Leningradi_Edasi_toimetus, lk 86
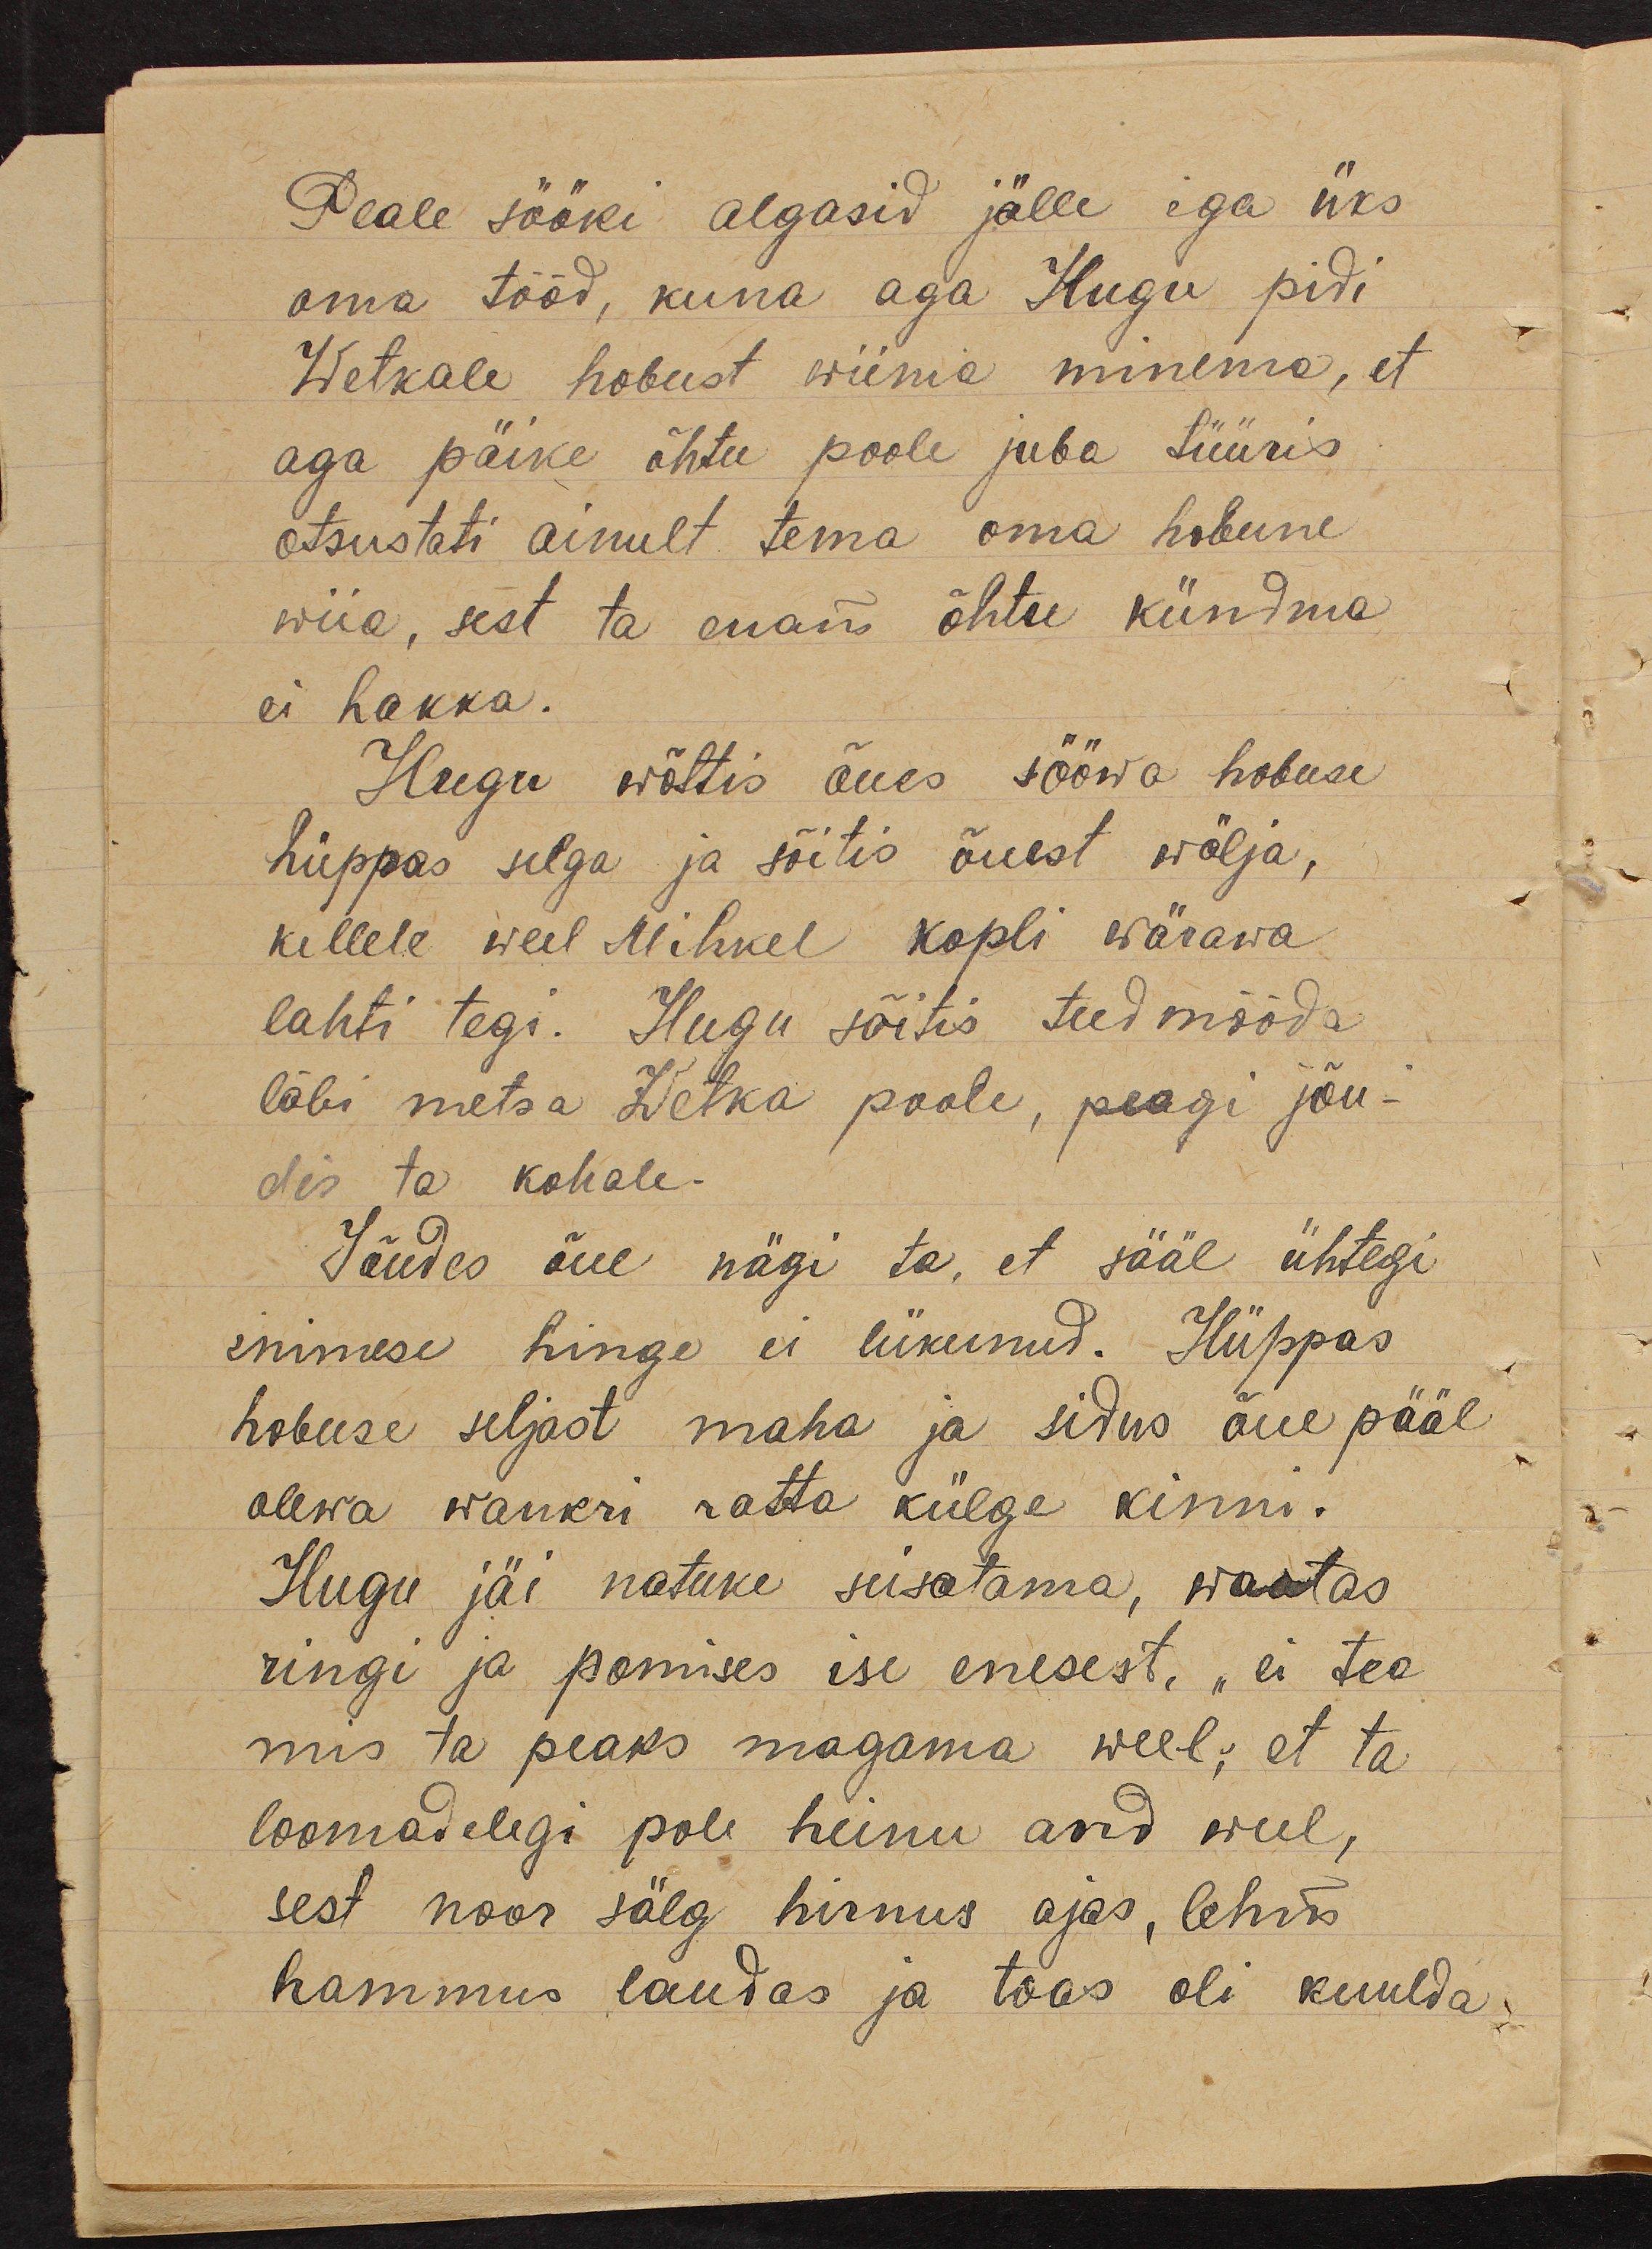
Peale sööki algasid jälle iga üks
oma tööd, kuna aga Hugu pidi
Wetkale hobust wiima minema, et
aga päike õhtu poole juba tüüris
otsustati ainult tema oma hobune
wiia, sest ta enam õhtu kündma
ei hakka.
Hugu wõttis õues sööwa hobuse
hüppas selga ja sõitis õuest wälja,
kellele weel Mihkel kopli wärawa
lahti tegi. Hugu sõitis teed mööda
läbi metsa Wetka poole, peagi jõu-
dis ta kohale.
Jõudes õue nägi ta, et sääl ühtegi
inimese hinge ei liikunud. Hüppas
hobuse seljast maha ja sidus õue pääl
olewa wankri ratta külge kinni.
Hugu jäi natuke seisatama, waatas
ringi ja pomises ise enesest, "ei tea
mis ta peaks magama weel; et ta
loomadelegi pole heinu and weel,
sest noor sälg hirnus ajas, lehm
hammus laudas ja toas oli kuulda